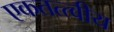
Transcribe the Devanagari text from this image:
एकतत्त्वीय